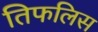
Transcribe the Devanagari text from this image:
तिफलिस